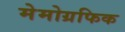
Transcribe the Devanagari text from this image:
मेमोग्रफिक